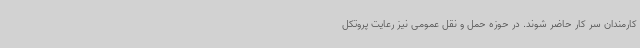
کارمندان سر کار حاضر شوند. در حوزه حمل و نقل عمومی نیز رعایت پروتکل